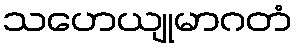
သဟေယျုမာဂတံ